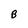
Character: B